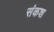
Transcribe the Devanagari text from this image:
संकश